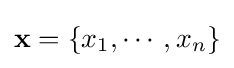
\mathbf {x} =\{x_{1},\cdots ,x_{n}\}